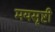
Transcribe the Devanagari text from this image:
मयसृष्टी